Riigikantselei, lk 56
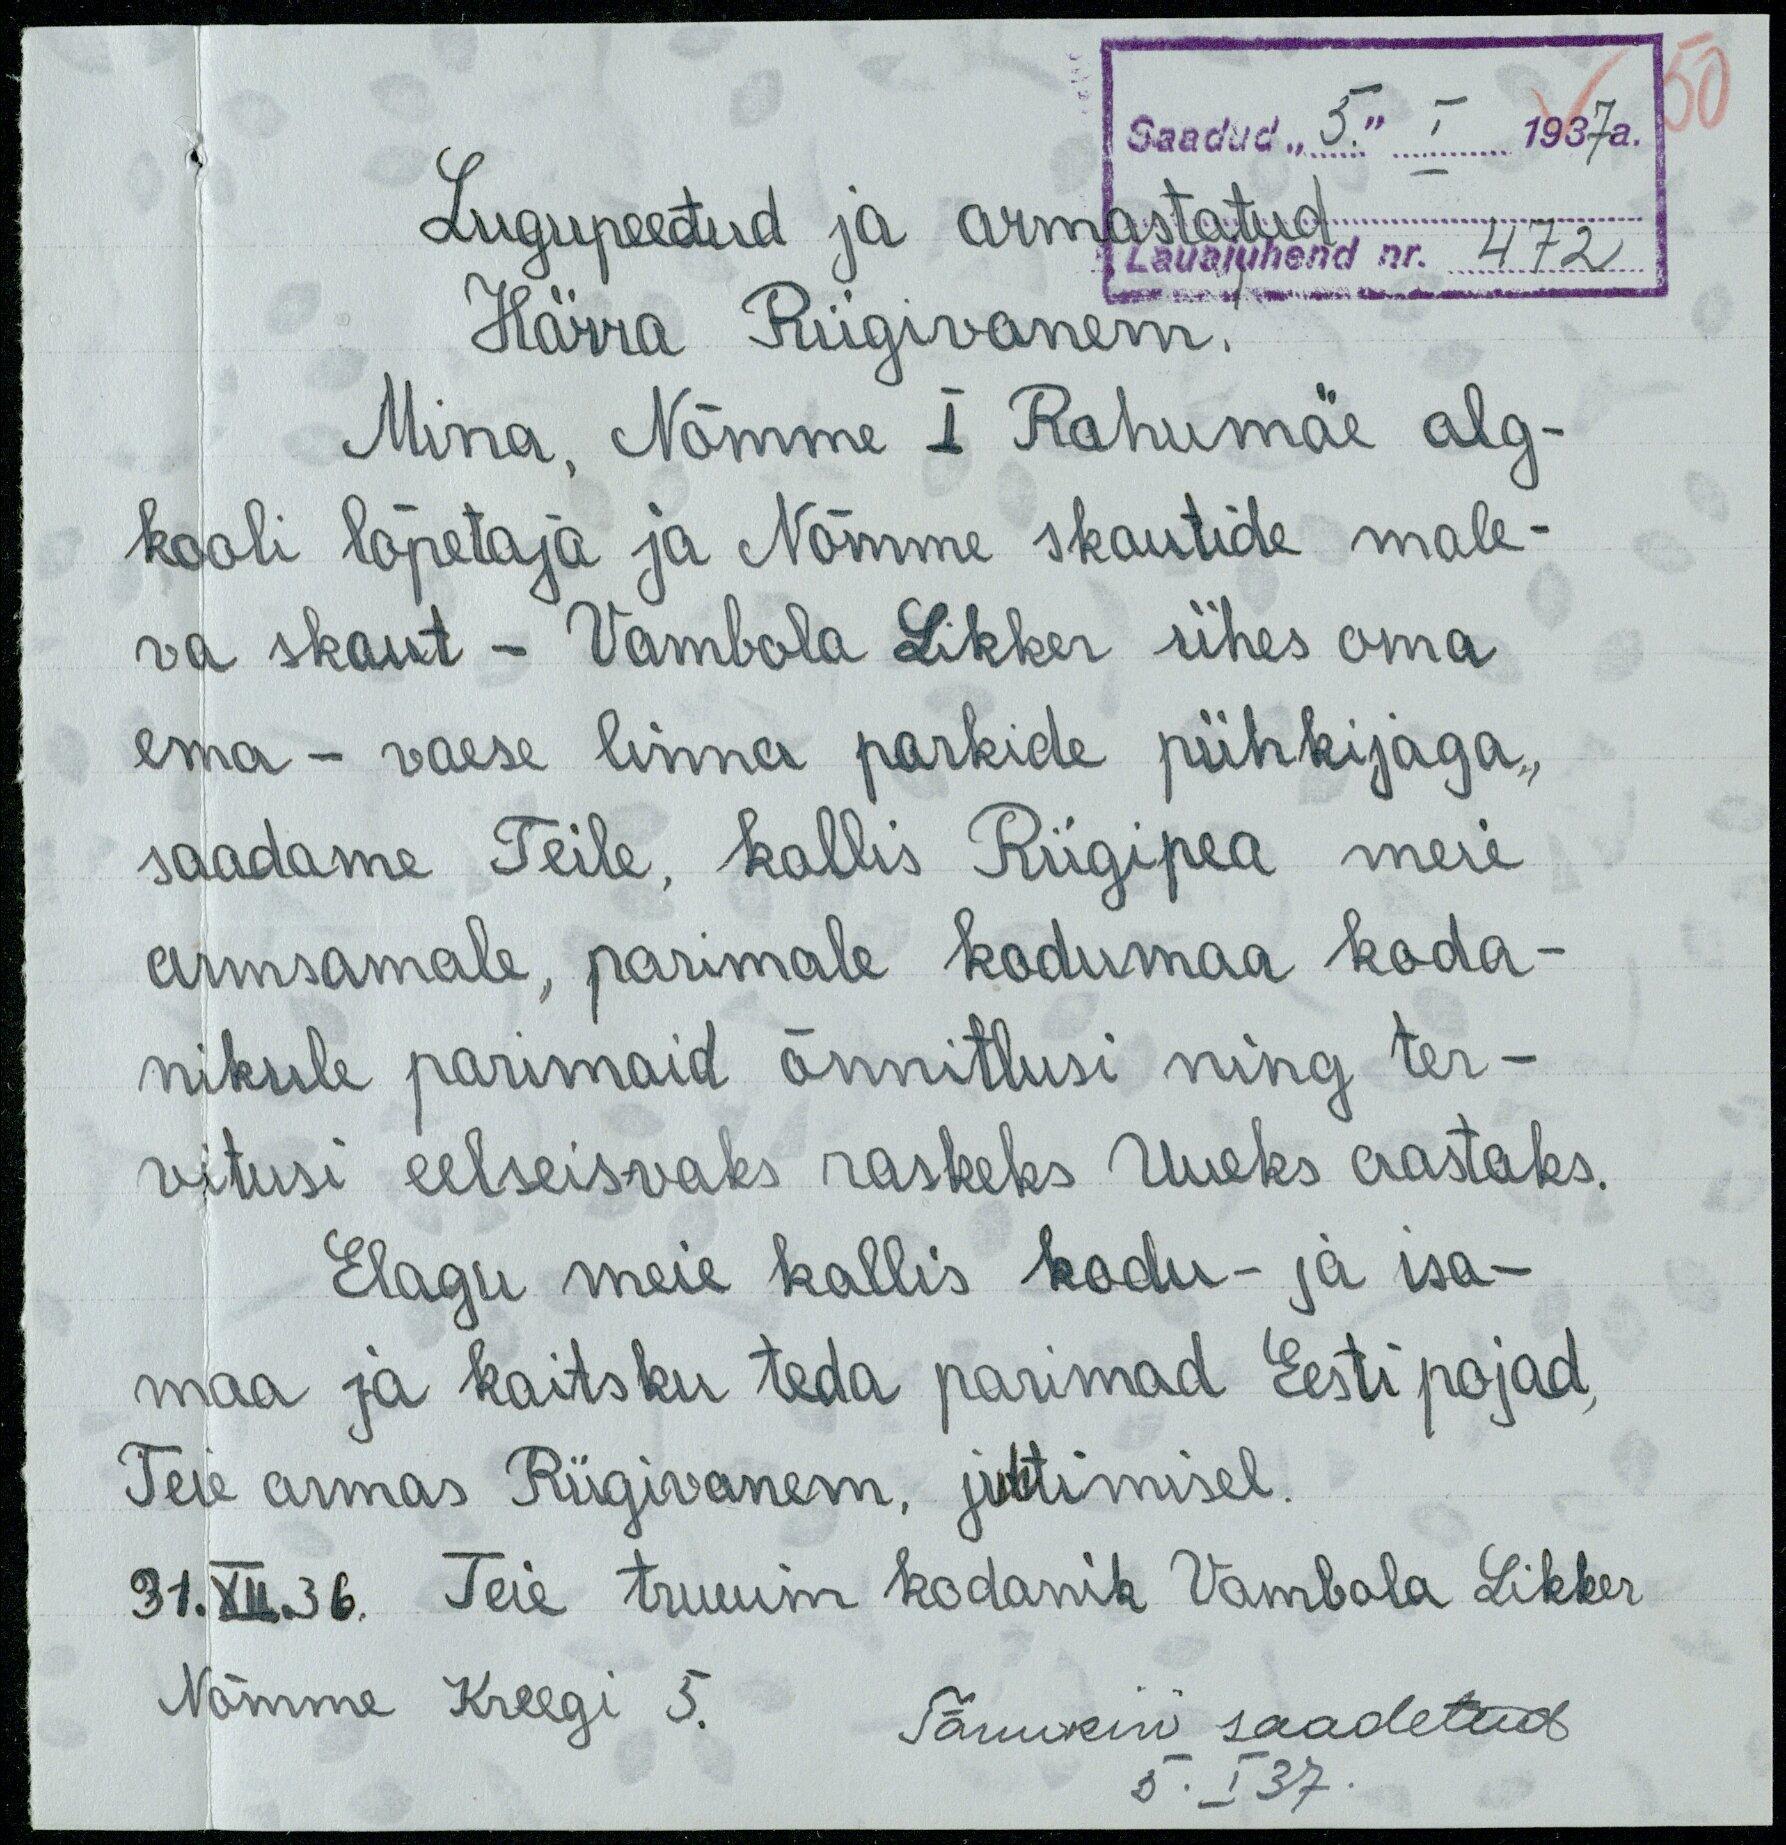
50
Saadud "5" I 1937a.
Lauajuhend nr. 472
Lugupeetud ja armastatud
Härra Riigivanem.
Mina, Nõmme I Rahumäe alg-
kooli lõpetaja ja Nõmme skautide male-
va skaut - Vambola Likker ühes oma
ema - vaese linna parkide pühkijaga,
saadame Teile, kallis Riigipea meie
armsamale, parimale kodumaa koda-
nikule parimaid õnnitlusi ning ter-
vitusi eelseisvaks raskeks uueks aastaks.
Elagu meie kallis kodu- ja isa-
maa ja kaitsku teda parimad Eesti pojad,
Teie armas Riigivanem, juhtimisel.
31.XII.36 Teie truuim kodanik Vambola Likker
Nõmme Kreegi 5.
Tänukiri saadetud
5. I 37.